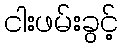
ငါးဖမ်းခွင့်